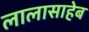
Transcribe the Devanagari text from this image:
लालासाहेब